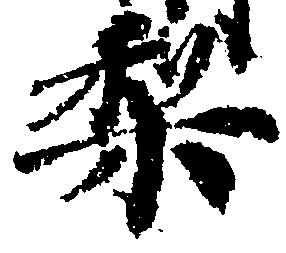
梨